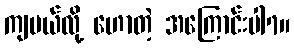
ကျမယ်လို့ ဟောတဲ့ အကြောင်းပါ7။